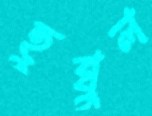
হুব্বুল